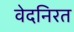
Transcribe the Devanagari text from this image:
वेदनिरत